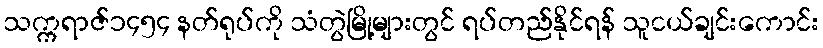
သက္ကရာဇ်၁၄၅၄ နတ်ရုပ်ကို သံတွဲမြို့များတွင် ရပ်တည်နိုင်ရန် သူငယ်ချင်းကောင်း